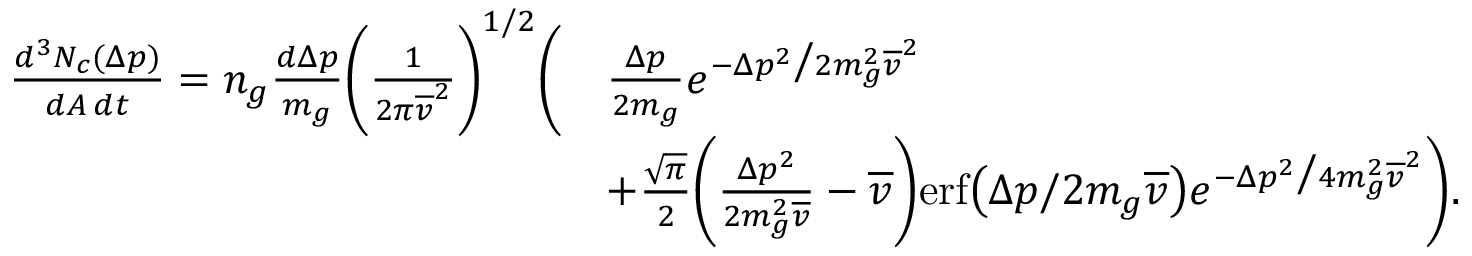
\begin{array} { r l } { \frac { d ^ { 3 } N _ { c } ( \Delta p ) } { d A \, d t } = n _ { g } \frac { d \Delta p } { m _ { g } } \bigg ( \frac { 1 } { 2 \pi \overline { { v } } ^ { 2 } } \bigg ) ^ { 1 / 2 } \bigg ( } & { \frac { \Delta p } { 2 m _ { g } } e ^ { - \Delta p ^ { 2 } \big / 2 m _ { g } ^ { 2 } \overline { { v } } ^ { 2 } } } \\ & { + \frac { \sqrt { \pi } } { 2 } \bigg ( \frac { \Delta p ^ { 2 } } { 2 m _ { g } ^ { 2 } \overline { { v } } } - \overline { { v } } \bigg ) \mathrm { e r f } \big ( \Delta p / 2 m _ { g } \overline { { v } } \big ) e ^ { - \Delta p ^ { 2 } \big / 4 m _ { g } ^ { 2 } \overline { { v } } ^ { 2 } } \bigg ) . } \end{array}